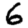
Digit: 6